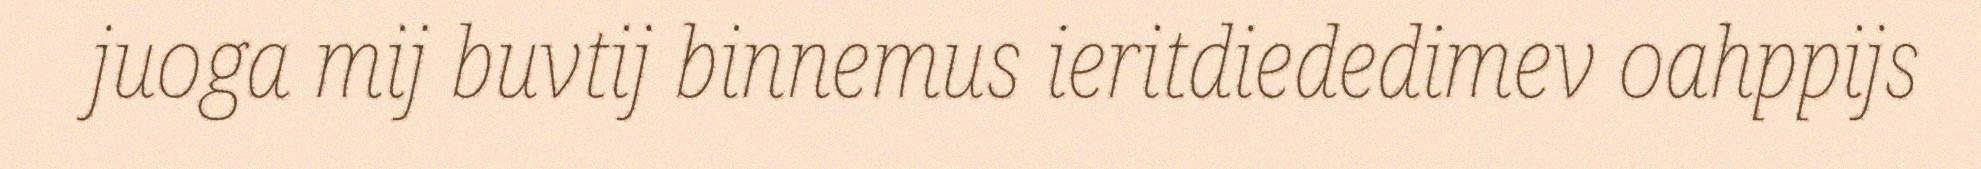
juoga mij buvtij binnemus ieritdiededimev oahppijs